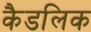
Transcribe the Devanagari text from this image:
कैडलिक